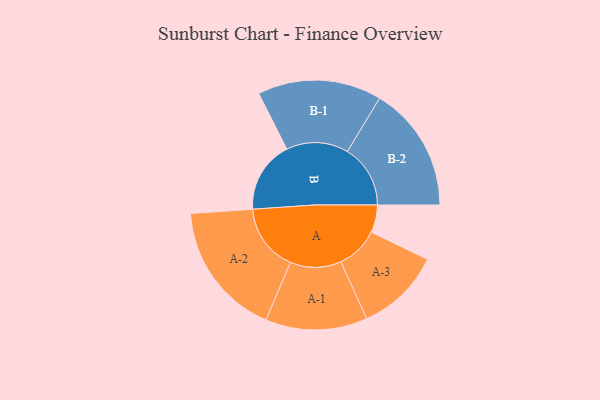
{"axis": {"x": "Segment", "y": "Value"}, "legend": ["", "A", "B"], "data": [{"x": "A", "y": 112, "type": ""}, {"x": "B", "y": 292, "type": ""}, {"x": "A-1", "y": 207, "type": "A"}, {"x": "A-2", "y": 274, "type": "A"}, {"x": "A-3", "y": 173, "type": "A"}, {"x": "B-1", "y": 252, "type": "B"}, {"x": "B-2", "y": 256, "type": "B"}]}